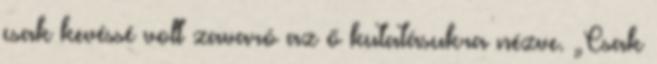
csak kevéssé volt zavaró az ő kutatásukra nézve. „Csak